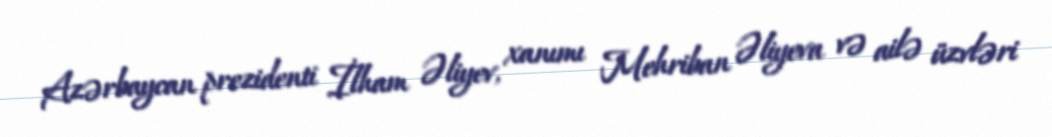
Azərbaycan prezidenti İlham Əliyev, xanımı Mehriban Əliyeva və ailə üzvləri